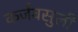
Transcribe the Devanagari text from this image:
कर्जवसुली